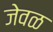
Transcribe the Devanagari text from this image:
जेवळ